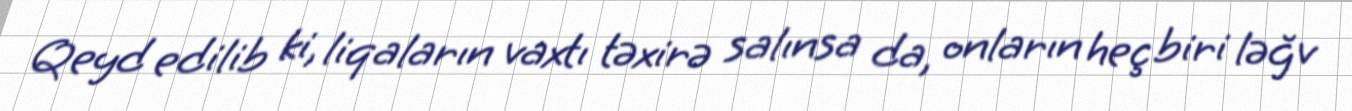
Qeyd edilib ki, liqaların vaxtı təxirə salınsa da, onların heç biri ləğv